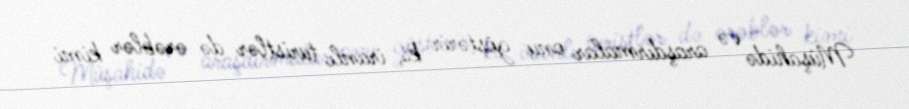
Müşahidə və araşdırmalar onu göstərir ki, iranlı turistlər də ərəblər kimi